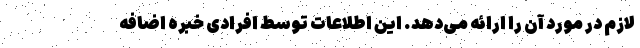
لازم در مورد آن را ارائه ‌می‌دهد. این اطلاعات توسط افرادی خبره اضافه